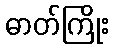
ဓာတ်ကြိုး